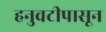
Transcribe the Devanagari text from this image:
हनुवटीपासून